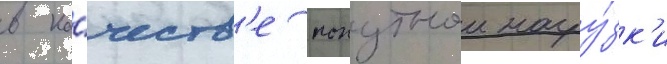
в ка́честв'е попутнои нагру́зк'и